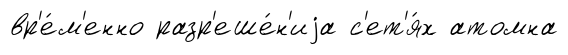
вр'е́м'енно разр'еше́н'иjа с'ет'я́х атомна